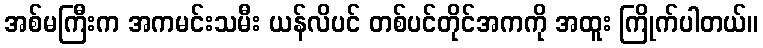
အစ်မကြီးက အကမင်းသမီး ယန်လိပင် တစ်ပင်တိုင်အကကို အထူး ကြိုက်ပါတယ်။